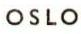
OSLO